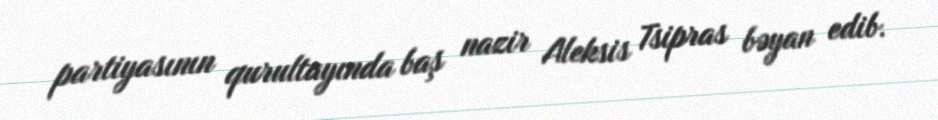
partiyasının qurultayında baş nazir Aleksis Tsipras bəyan edib.